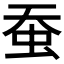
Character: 蚕